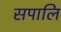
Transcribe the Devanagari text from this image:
सपालि